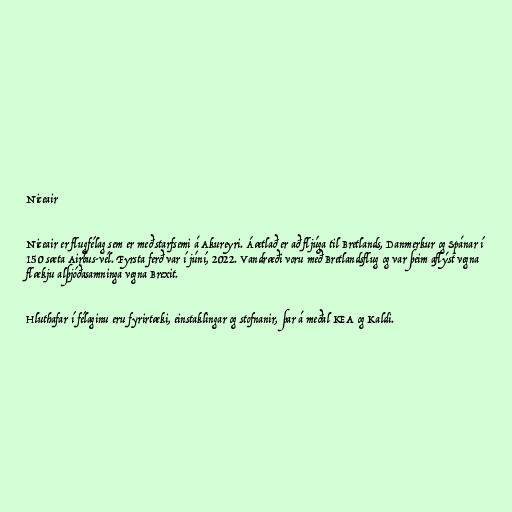
Niceair

Niceair er flugfélag sem er með starfsemi á Akureyri. Áætlað er að fljúga til Bretlands, Danmerkur og Spánar í
150 sæta Airbus-vél. Fyrsta ferð var í júní, 2022. Vandræði voru með Bretlandsflug og var þeim aflýst vegna
flækju alþjóðasamninga vegna Brexit.

Hluthafar í félaginu eru fyrirtæki, einstaklingar og stofnanir, þar á meðal KEA og Kaldi.